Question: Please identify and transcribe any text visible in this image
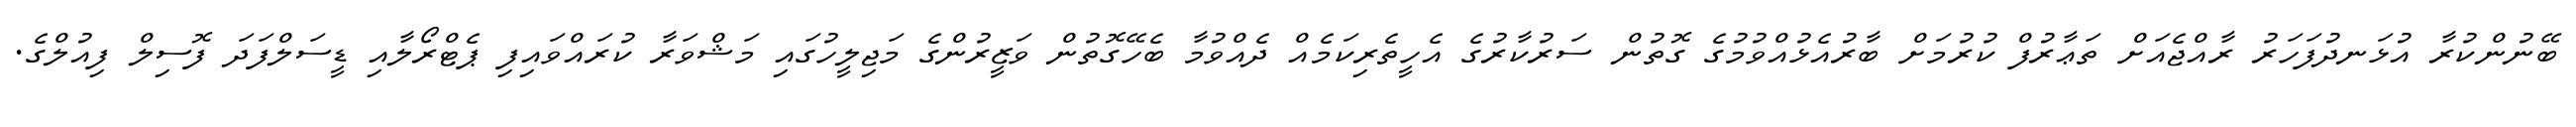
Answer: ބޭނުންކުރާ އުޅަނދުފަހަރު ރާއްޖެއަށް ތަޢާރުފް ކުރުމަށް ބާރުއެޅުއްވުމުގެ ގޮތުން ސަރުކާރުގެ އެހީތެރިކަމެއް ދެއްވުމާ ބެހޭގޮތުން ވަޒީރުންގެ މަޖިލީހުގައި މަޝްވަރާ ކުރައްވައިފި ޕެޓްރޯލާއި ޑީސަލްފަދަ ފޮސިލް ފިއުލްގެ.